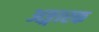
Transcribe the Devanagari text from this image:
अङ्गारक